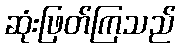
ဆုံးဖြတ်ကြသည်